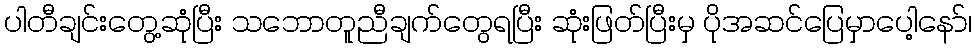
ပါတီချင်းတွေ့ဆုံပြီး သဘောတူညီချက်တွေရပြီး ဆုံးဖြတ်ပြီးမှ ပိုအဆင်ပြေမှာပေါ့နော်၊